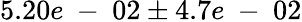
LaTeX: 5.20e\mathrm{~-~}02\pm 4.7e\mathrm{~-~}02